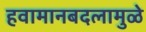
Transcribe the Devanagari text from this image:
हवामानबदलामुळे